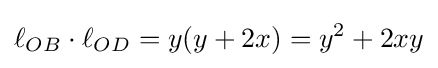
\ell _{OB}\cdot \ell _{OD}=y(y+2x)=y^{2}+2xy